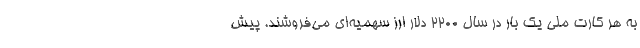
به هر کارت ملی یک بار در سال 2200 دلار ارز سهمیه‌ای می‌فروشند. پیش